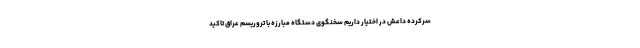
سرکرده داعش در اختیار داریم سخنگوی دستگاه مبارزه با تروریسم عراق تاکید